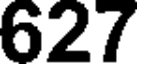
627